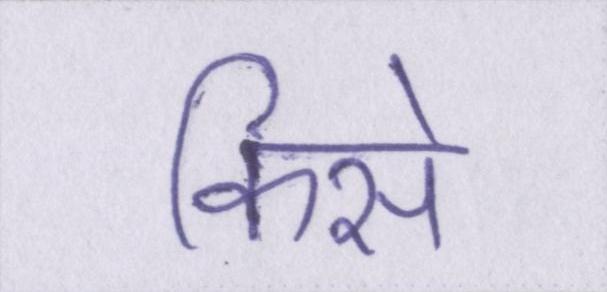
किसे